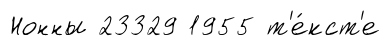
Нонны 23329 1955 т'е́кст'е